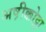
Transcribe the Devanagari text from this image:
अष़ीक्कोट्टा